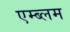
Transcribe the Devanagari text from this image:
एम्ब्लम